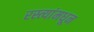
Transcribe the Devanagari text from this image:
रस्त्यांमधून